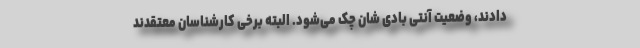
دادند، وضعیت آنتی‌ بادی شان چک می‌شود. البته برخی کارشناسان معتقدند